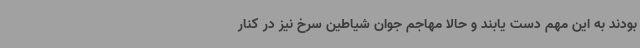
بودند به این مهم دست یابند و حالا مهاجم جوان شیاطین سرخ نیز در کنار